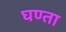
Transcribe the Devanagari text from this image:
घण्ता